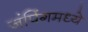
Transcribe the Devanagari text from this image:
जंपिंगमध्ये